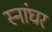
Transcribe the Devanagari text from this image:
स्नांघर